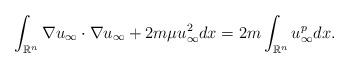
LaTeX: \begin{align*}\int_{\mathbb{R}^n} \nabla u_{\infty} \cdot \nabla u_{\infty} + 2m \mu u_{\infty}^2 dx= 2m \int_{\mathbb{R}^n} u_{\infty}^{p} dx.\end{align*}